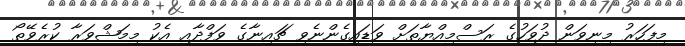
މިފަހަރު މިނިވަން ދުވަހުގެ ރަސްމިއްޔާތަށް ވަޑައިގެންނެވި ޗައިނާގެ ވަފްދާއި އެކު މިމަޝްވަރާ ކުރެވޭތޯ